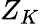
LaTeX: Z_{K}